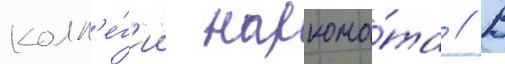
колл'е́г'ии наркома́та // В